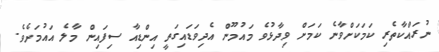
ނުރައްކާތެރި ކަމަކަށްވާނެ ކަމަށް ވިދާޅުވެ މައުމޫން އެދިވަޑައިގަތީ އިންޑިއާ ސިފައިން މާލެ އައުމަށެވެ.